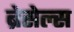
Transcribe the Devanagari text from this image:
ब्रेसेल्स